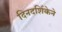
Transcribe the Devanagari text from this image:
दिनदर्शिकेने